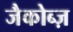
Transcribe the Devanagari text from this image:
जैकोब्ज़